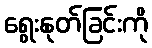
ရွေးနုတ်ခြင်းကို